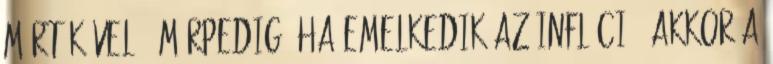
mértékével . Márpedig, ha emelkedik az infláció, akkor a